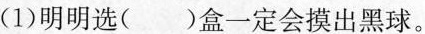
(1)明明选()盒一定会摸出黑球。